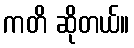
ကတိ ဆိုတယ်။